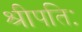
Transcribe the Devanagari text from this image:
श्रीपतिः